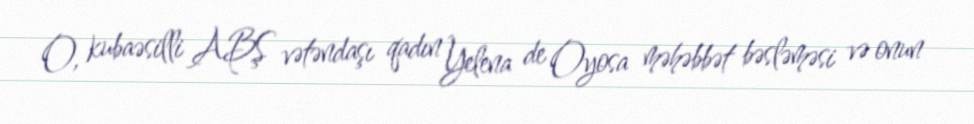
O, kubaəsilli ABŞ vətəndaşı qadın Yelena de Oyosa məhəbbət bəsləməsi və onun